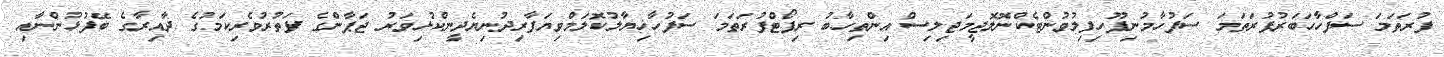
ފުރަތަމަ ސަފްހާހަބަރުފުރަތަމަ ސަފުހާމުނިފޫހިފިލުވުންޓެކްނޮލޮޖީމަޖިލިސް އިންތިހާބު ރިޕޯޓްފުރަތަމަ ސަފުހާޚިޔާލުކޮލަމްވިޔަފާރިދުނިޔެދީންކުޅިވަރު ޖަޕާންގެ ފަތުރުވެރިކަމުގެ ދާއިރާގެ ބޭފުޅުންނާއި